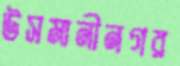
উসমানীনগর